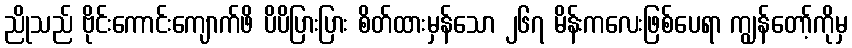
ညိုသည် ဗိုင်းကောင်းကျောက်ဖိ ပိပိပြားပြား စိတ်ထားမှန်သော ၂၆၇ မိန်းကလေးဖြစ်ပေရာ ကျွန်တော့်ကိုမှ